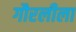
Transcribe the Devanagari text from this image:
गौरलीला